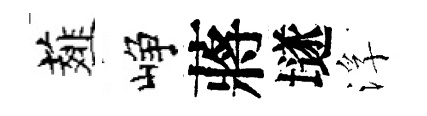
薤峥蔣𡑞浮